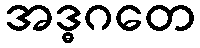
အဒ္ဓဂတေ